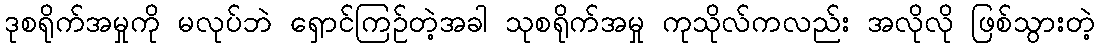
ဒုစရိုက်အမှုကို မလုပ်ဘဲ ရှောင်ကြဉ်တဲ့အခါ သုစရိုက်အမှု ကုသိုလ်ကလည်း အလိုလို ဖြစ်သွားတဲ့